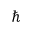
\hbar